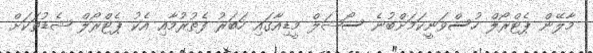
މާލޭން ޕެޓްރޯލް ހުސްވަނީކަމަށްބުނެ ސޯޝަލް މީޑިއާގައި ހަބަރު ފެތުރުމާއި އެކު ޕެޓްރޯލް ޝެޑުތަކަށް